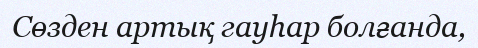
Сөзден артық гауһар болғанда,